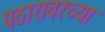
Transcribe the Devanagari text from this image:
पठारावरच्या